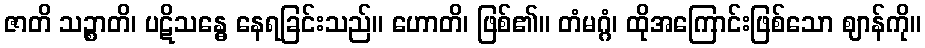
ဇာတိ သဉ္စာတိ၊ ပဋိသန္ဓေ နေရခြင်းသည်။ ဟောတိ၊ ဖြစ်၏။ တံမဂ္ဂံ၊ ထိုအကြောင်းဖြစ်သော ဈာန်ကို။